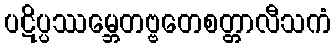
ပဋိပ္ပဿမ္ဘေတဗ္ဗတေစတ္တာလီသကံ